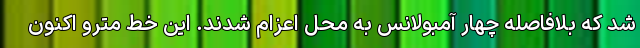
شد که بلافاصله چهار آمبولانس به محل اعزام شدند. این خط مترو اکنون